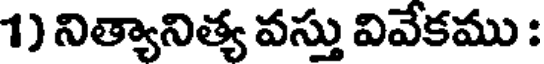
1) నిత్యానిత్య వస్తు వివేకము :